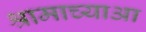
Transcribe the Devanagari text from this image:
श्रामाच्याआ